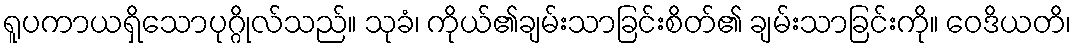
ရူပကာယရှိသောပုဂ္ဂိုလ်သည်။ သုခံ၊ ကိုယ်၏ချမ်းသာခြင်းစိတ်၏ ချမ်းသာခြင်းကို။ ဝေဒိယတိ၊